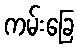
ကမ်းခြေ